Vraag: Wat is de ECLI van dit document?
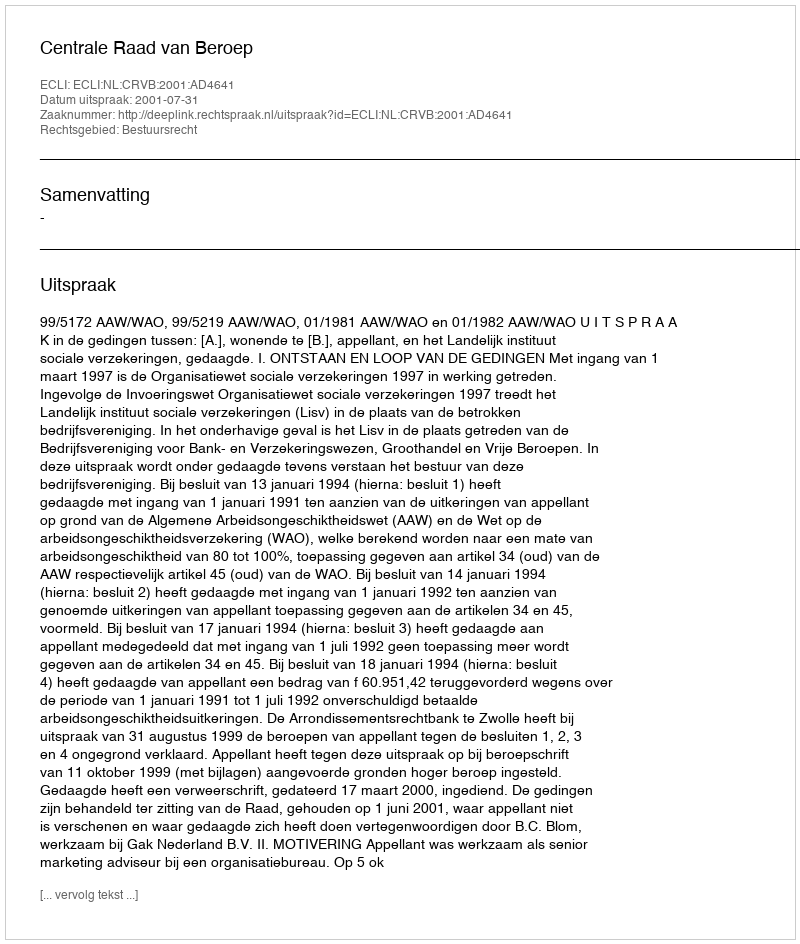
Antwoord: ECLI:NL:CRVB:2001:AD4641